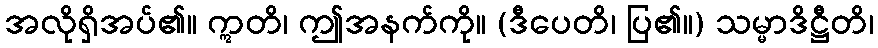
အလိုရှိအပ်၏။ ဣတိ၊ ဤအနက်ကို။ (ဒီပေတိ၊ ပြ၏။) သမ္မာဒိဋ္ဌီတိ၊